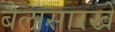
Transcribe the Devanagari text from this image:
बैलासारखे